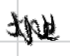
Text: the
Cross-out: zig-zag
Writing tool: digital_black